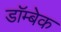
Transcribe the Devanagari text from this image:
डॉम्बेक